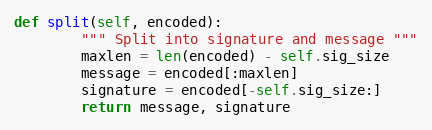
Language: Python
def split(self, encoded):
        """ Split into signature and message """
        maxlen = len(encoded) - self.sig_size
        message = encoded[:maxlen]
        signature = encoded[-self.sig_size:]
        return message, signature